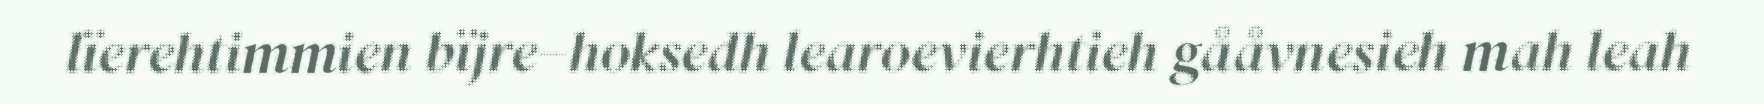
lïerehtimmien bïjre−hoksedh learoevierhtieh gååvnesieh mah leah